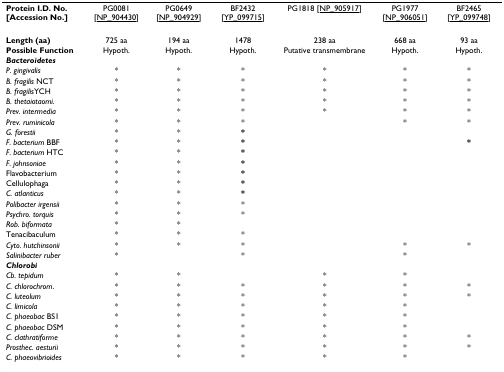
| Protein I.D. No. [Accession No.] | PG0081 [NP_904430] | PG0649 [NP_904929] | BF2432 [YP_099715] | PG1818 [NP_905917] | PG1977 [NP_906051] | BF2465 [YP_099748] |
 | --- | --- | --- | --- | --- | --- | --- |
 | Length (aa) | 725 aa | 194 aa | 1478 | 238 aa | 668 aa | 93 aa |
 | Possible Function | Hypoth. | Hypoth. | Hypoth. | Putative transmembrane | Hypoth. | Hypoth. |
 | Bacteroidetes |  |  |  |  |  |  |
 | P. gingivalis | * | * | * | * | * | * |
 | B. fragilis NCT | * | * | * | * | * | * |
 | B. fragilisYCH | * | * | * | * | * | * |
 | B. thetaiotaomi. | * | * | * | * | * | * |
 | Prev. intermedia | * | * | * | * | * | * |
 | Prev. ruminicola | * | * | * |  | * | * |
 | G. forestii | * | * | * |  |  |  |
 | F. bacterium BBF | * | * | * |  |  | * |
 | F. bacterium HTC | * | * | * |  |  |  |
 | F. johnsoniae | * | * | * |  |  |  |
 | Flavobacterium | * | * | * |  |  |  |
 | Cellulophaga | * | * | * |  |  |  |
 | C. atlanticus | * | * | * |  |  |  |
 | Polibacter irgensii | * | * | * |  |  |  |
 | Psychro. torquis | * | * | * |  |  |  |
 | Rob. biformata | * | * |  |  |  |  |
 | Tenacibaculum | * | * | * |  |  |  |
 | Cyto. hutchinsonii | * | * | * |  | * | * |
 | Salinibacter ruber | * |  | * |  | * |  |
 | Chlorobi |  |  |  |  |  |  |
 | Cb. tepidum | * | * |  | * | * |  |
 | C. chlorochrom. | * | * | * | * | * | * |
 | C. luteolum | * | * | * | * | * | * |
 | C. limicola | * | * | * | * | * |  |
 | C. phaeobac BS1 | * | * | * | * | * |  |
 | C. phaeobac DSM | * | * | * | * | * |  |
 | C. clathratiforme | * | * | * | * | * | * |
 | Prosthec. aesturii | * | * | * | * | * | * |
 | C. phaeovibrioides | * | * | * | * | * |  |